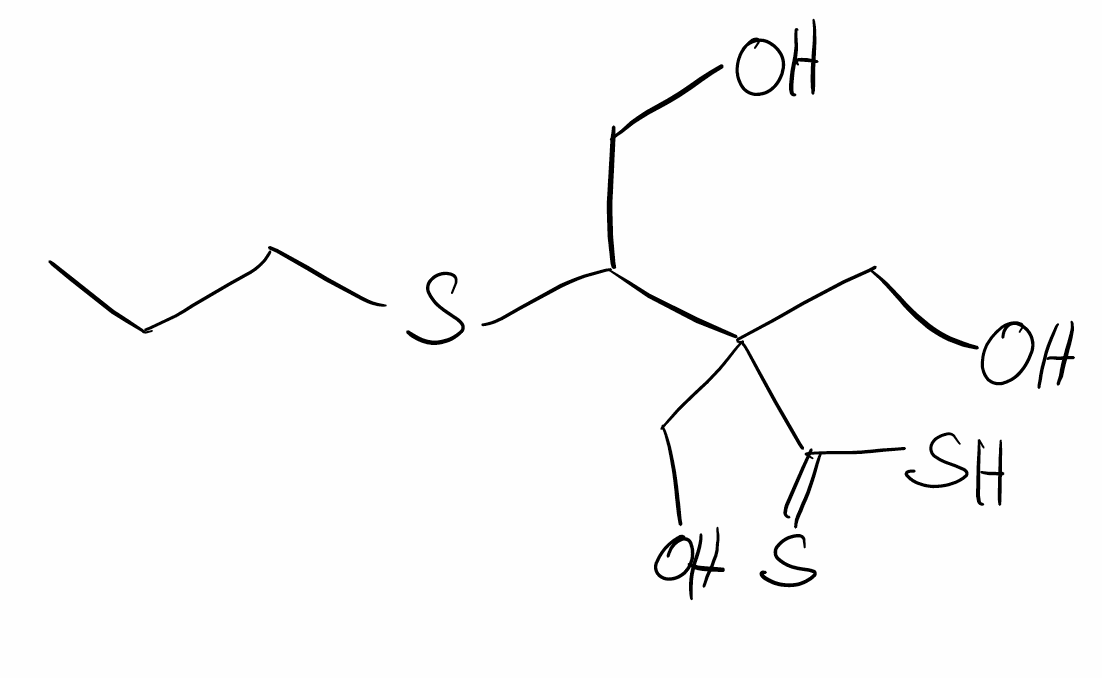
Simplified molecular-input line-entry system (SMILES) notation of the given molecule:
CCCSC(CO)C(CO)(CO)C(=S)S